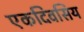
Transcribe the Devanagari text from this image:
एकदिवसिय